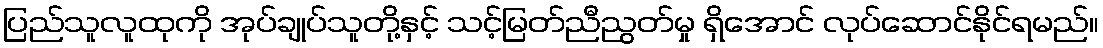
ပြည်သူလူထုကို အုပ်ချုပ်သူတို့နှင့် သင့်မြတ်ညီညွတ်မှု ရှိအောင် လုပ်ဆောင်နိုင်ရမည်။